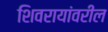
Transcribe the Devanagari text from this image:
शिवरायांवरील